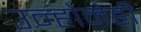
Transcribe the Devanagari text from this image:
उन्होनेही